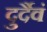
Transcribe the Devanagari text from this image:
दुर्दैवं